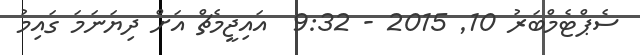
ސެޕްޓެމްބަރު 10